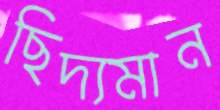
ছিদ্যমান